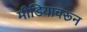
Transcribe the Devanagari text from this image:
मीडियावरून